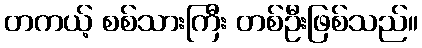
တကယ့် စစ်သားကြီး တစ်ဦးဖြစ်သည်။